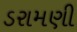
ડરામણી